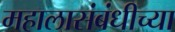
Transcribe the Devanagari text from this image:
महालासंबंधीच्या